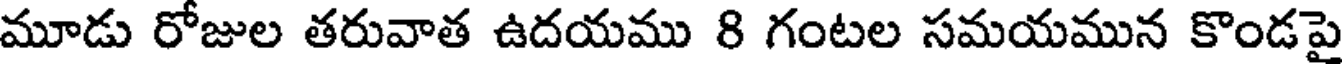
మూడు రోజుల తరువాత ఉదయము 8 గంటల సమయమున కొండపై